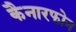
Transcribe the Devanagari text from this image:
कैनारफोन